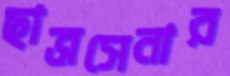
ছাত্রসেনার